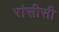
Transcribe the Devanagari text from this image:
रांसीसी